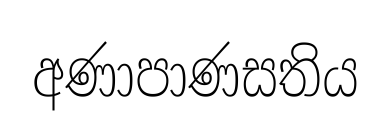
අණාපාණසතිය